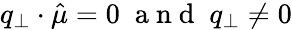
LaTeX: q_{\perp}\cdot\hat{\mu}=0\; \mathrm{~a~n~d~}\; q_{\perp}\neq 0